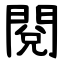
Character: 閱